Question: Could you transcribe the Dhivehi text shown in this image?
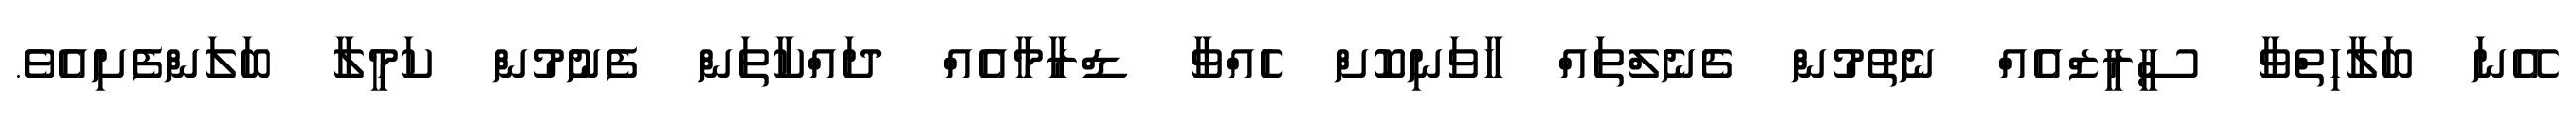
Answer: އޭނަ ބަލާހިތްވާ ސީރީޒްއެއް ނެތުމުން ޗެނެލްތައް ހާވަނިކޮށް ހެއްވާ ޑްރާމާއެއް ދައްކާތަން ފެނުމުން ކަމީލާ ބަލަންފެށިއެވެ.